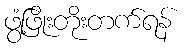
ဖွံ့ဖြိုးတိုးတက်ရန်